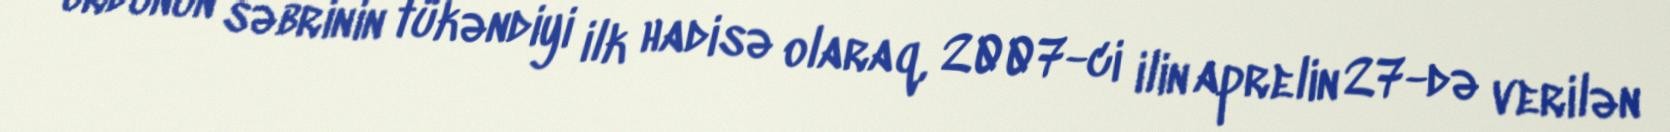
ordunun səbrinin tükəndiyi ilk hadisə olaraq, 2007-ci ilin aprelin 27-də verilən